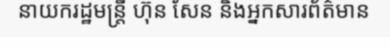
នាយករដ្ឋមន្ត្រី ហ៊ុន សែន និងអ្នកសារព័ត៌មាន